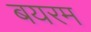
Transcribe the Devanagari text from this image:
बयरम